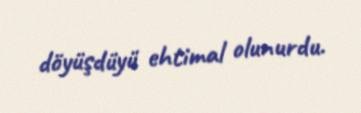
döyüşdüyü ehtimal olunurdu.